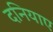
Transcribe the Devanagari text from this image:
दनियाए